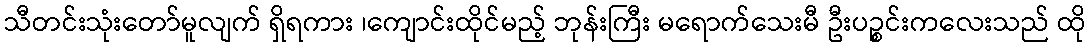
သီတင်းသုံးတော်မူလျက် ရှိရကား ၊ကျောင်းထိုင်မည့် ဘုန်းကြီး မရောက်သေးမီ ဦးပဉ္စင်းကလေးသည် ထို